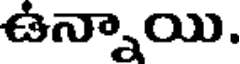
ఉన్నాయి.